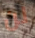
لن